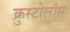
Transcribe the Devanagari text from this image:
क्रुस्टोलॉस